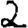
Digit: 2